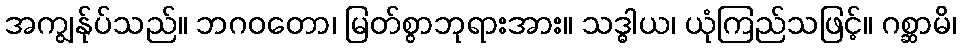
အကျွန်ုပ်သည်။ ဘဂဝတော၊ မြတ်စွာဘုရားအား။ သဒ္ဓါယ၊ ယုံကြည်သဖြင့်။ ဂစ္ဆာမိ၊